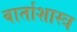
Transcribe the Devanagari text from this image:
वार्ताशास्त्र